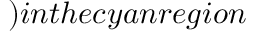
) i n t h e c y a n r e g i o n